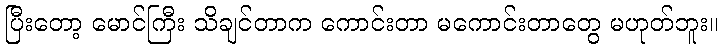
ပြီးတော့ မောင်ကြီး သိချင်တာက ကောင်းတာ မကောင်းတာတွေ မဟုတ်ဘူး။